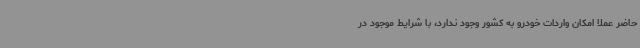
حاضر عملاً امکان واردات خودرو به کشور وجود ندارد، با شرایط موجود در